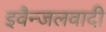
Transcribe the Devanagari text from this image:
इवैन्जलवादी